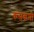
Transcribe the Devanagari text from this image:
कसकमी